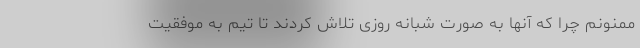
ممنونم چرا که آنها به صورت شبانه روزی تلاش کردند تا تیم به موفقیت